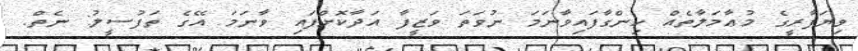
ވިޔަފާރީގެ މުޢާމަލާތެއް ހިންގާފައިވާނަމަ ނުވަތަ ވަޒީފާ އަދާކޮށްފައި ވާނަމަ އޭގެ ތަފުސީލު: ނެތް.